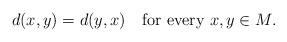
LaTeX: \begin{align*} d(x, y) = d(y, x) \quad\hbox{for every } x, y \in M.\end{align*}